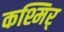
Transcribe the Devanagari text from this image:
कश्मिर्